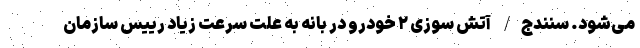
می‌شود. سنندج/ آتش سوزی ۲ خودرو در بانه به علت سرعت زیاد رییس سازمان